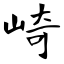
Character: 崎